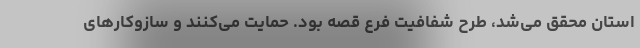
استان محقق می‌شد، طرح شفافیت فرع قصه بود. حمایت می‌کنند و سازوکارهای